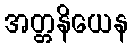
အတ္တနိယေန